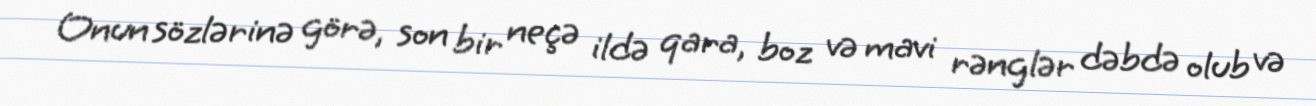
Onun sözlərinə görə, son bir neçə ildə qara, boz və mavi rənglər dəbdə olub və